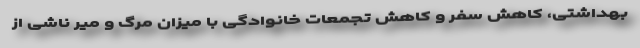
بهداشتی، کاهش سفر و کاهش تجمعات خانوادگی با میزان مرگ و میر ناشی از